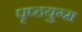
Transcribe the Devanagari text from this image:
पृष्ठयुग्म